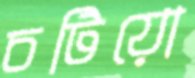
চটিয়ো